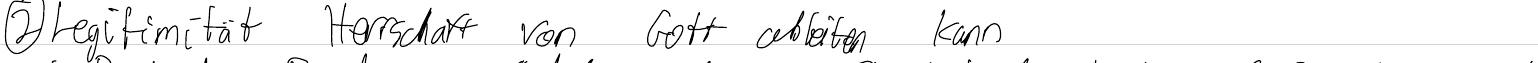
(2) Legitimität Herrschaft von Gott ableiten kann